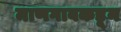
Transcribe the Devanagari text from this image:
माणगावकडून